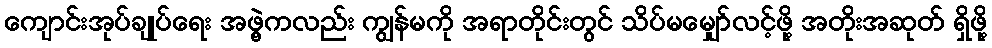
ကျောင်းအုပ်ချုပ်ရေး အဖွဲ့ကလည်း ကျွန်မကို အရာတိုင်းတွင် သိပ်မမျှော်လင့်ဖို့ အတိုးအဆုတ် ရှိဖို့